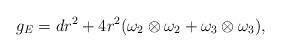
LaTeX: \begin{align*}g_E = dr^2 + 4 r^2 ( \omega_2 \otimes \omega_2+ \omega_3 \otimes \omega_3),\end{align*}